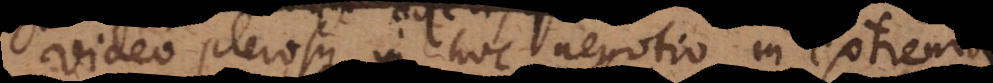
Video plerosque in hoc negotio in extrema